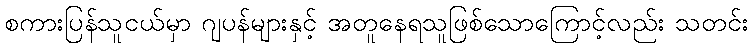
စကားပြန်သူငယ်မှာ ဂျပန်များနှင့် အတူနေရသူဖြစ်သောကြောင့်လည်း သတင်း